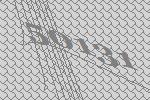
50131